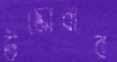
উস্‌কোবার